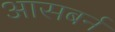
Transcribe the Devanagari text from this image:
आसबर्न